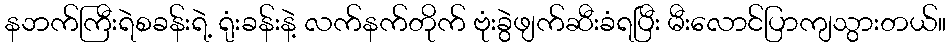
နဘက်ကြီးရဲစခန်းရဲ့ ရုံးခန်းနဲ့ လက်နက်တိုက် ဗုံးခွဲဖျက်ဆီးခံရပြီး မီးလောင်ပြာကျသွားတယ်။